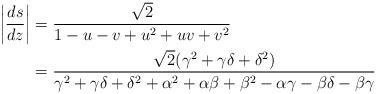
LaTeX: \begin{align*}\left | \frac{ds}{dz} \right | &= \frac{\sqrt 2}{1-u-v+u^2+uv+v^2} \\&= \frac{\sqrt 2 (\gamma^2 + \gamma\delta + \delta^2)}{\gamma^2 + \gamma\delta + \delta^2 + \alpha^2 + \alpha\beta + \beta^2 - \alpha\gamma-\beta\delta-\beta\gamma}\end{align*}